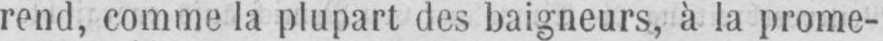
rend, comme la plupart des baigneurs, à la prome-